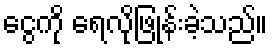
ငွေကို ရေလိုဖြုန်းခဲ့သည်။